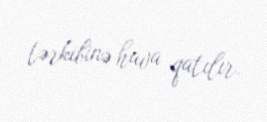
tərkibinə hava qatılır.